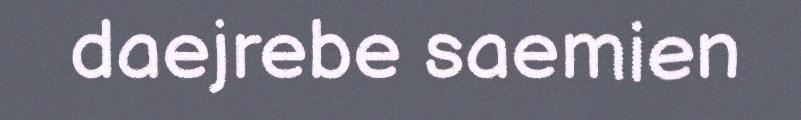
daejrebe saemien